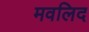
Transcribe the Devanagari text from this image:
मवलिद